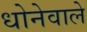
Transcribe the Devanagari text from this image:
धोनेवाले